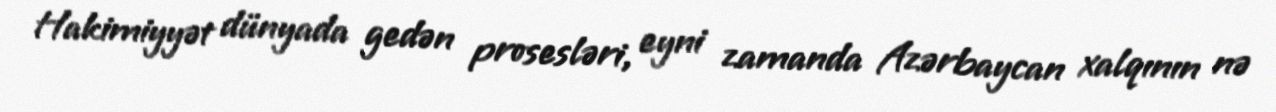
Hakimiyyət dünyada gedən prosesləri, eyni zamanda Azərbaycan xalqının nə